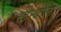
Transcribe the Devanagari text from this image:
स्टेन्थॉल